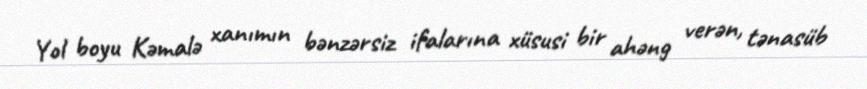
Yol boyu Kəmalə xanımın bənzərsiz ifalarına xüsusi bir ahəng verən, tənasüb